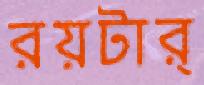
রয়টার্